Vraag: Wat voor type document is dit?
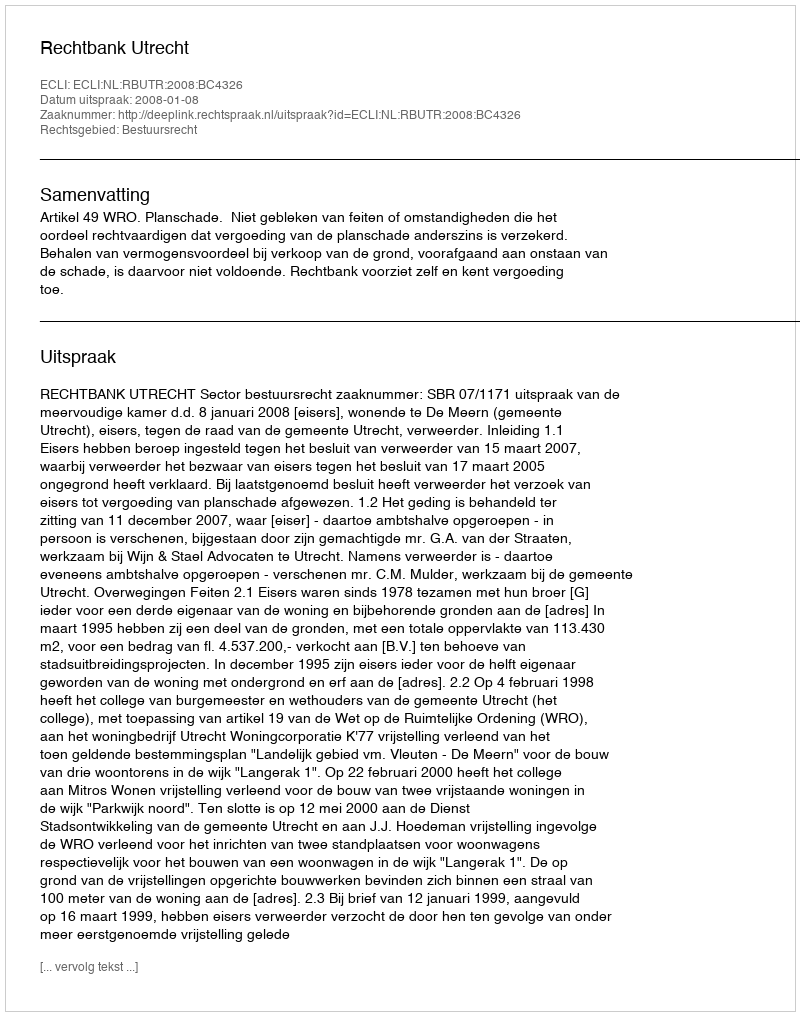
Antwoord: Uitspraak